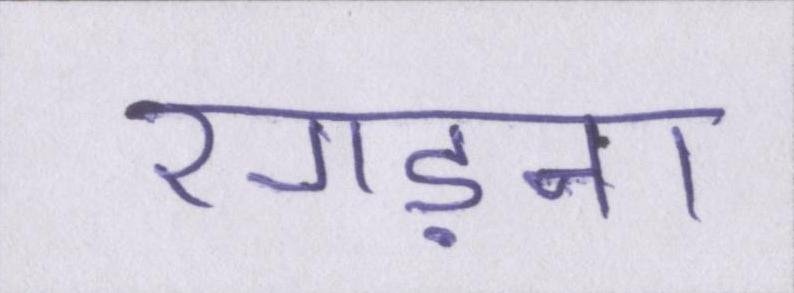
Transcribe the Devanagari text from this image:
रगड़ना